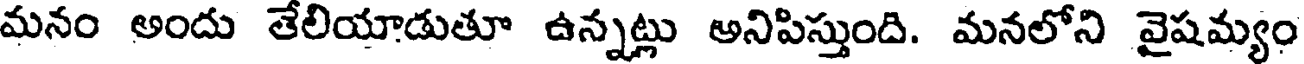
మనం అందు తేలియాడుతూ ఉన్నట్లు అనిపిస్తుంది. మనలోని వైషమ్యం